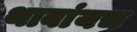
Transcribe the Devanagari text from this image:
थाबांयच